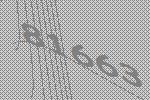
81663